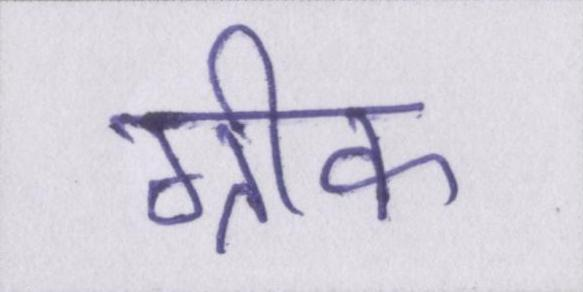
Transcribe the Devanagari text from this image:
ग्रीक